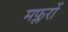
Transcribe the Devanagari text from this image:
मफ्लरों